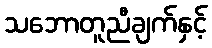
သဘောတူညီချက်နှင့်